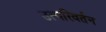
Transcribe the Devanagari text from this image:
उत्परिवर्तन